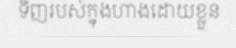
ទិញរបស់ក្នុងហាងដោយខ្លួន